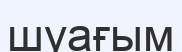
шуағым